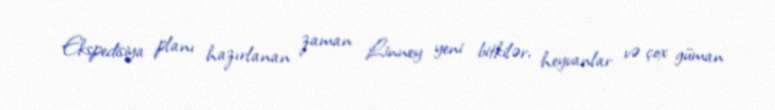
Ekspedisiya planı hazırlanan zaman Linney yeni bitkilər, heyvanlar və çox güman